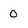
Character: 0